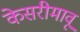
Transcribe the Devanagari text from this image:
केसरीमावू